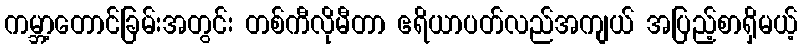
ကမ္ဘာ့တောင်ခြမ်းအတွင်း တစ်ကီလိုမီတာ ဧရိယာပတ်လည်အကျယ် အပြည့်စာရှိမယ့်